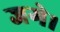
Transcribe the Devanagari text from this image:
जगे।